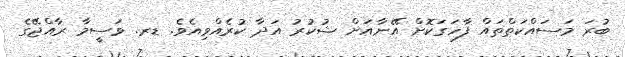
ބުރަ މަސައްކަތްތައް ފާހަގަކޮށް އޭނާއަށް ޝުކުރު އަދާ ކުރެއްވިއެވެ. ޑރ. ވަސީމާ ރާއްޖޭގެ